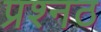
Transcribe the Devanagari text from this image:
प्रश्नठ